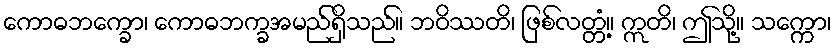
ကောဓဘက္ခော၊ ကောဓဘက္ခအမည်ရှိသည်။ ဘဝိဿတိ၊ ဖြစ်လတ္တံ့။ ဣတိ၊ ဤသို့။ သက္ကော၊